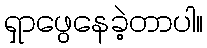
ရှာဖွေနေခဲ့တာပါ။